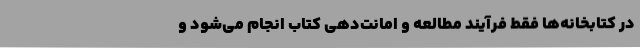
در کتابخانه‌ها فقط فرآیند مطالعه و امانت‌دهی کتاب انجام می‌شود و